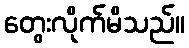
တွေးလိုက်မိသည်။